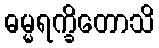
ဓမ္မရက္ခိတောသိ